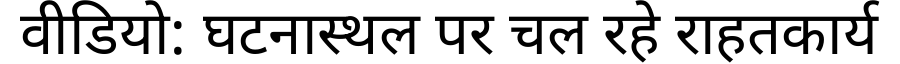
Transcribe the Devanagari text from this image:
वीडियो: घटनास्थल पर चल रहे राहतकार्य